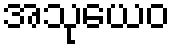
အသုယေဝ